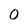
Character: 0